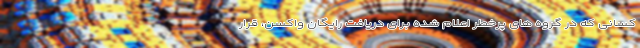
کسانی که در گروه های پرخطر اعلام شده برای دریافت رایگان واکسن، قرار